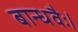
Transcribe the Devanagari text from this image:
बान्धवैः।